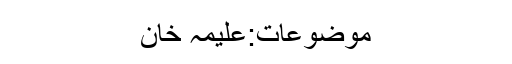
موضوعات:علیمہ خان